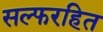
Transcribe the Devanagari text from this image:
सल्फरहित